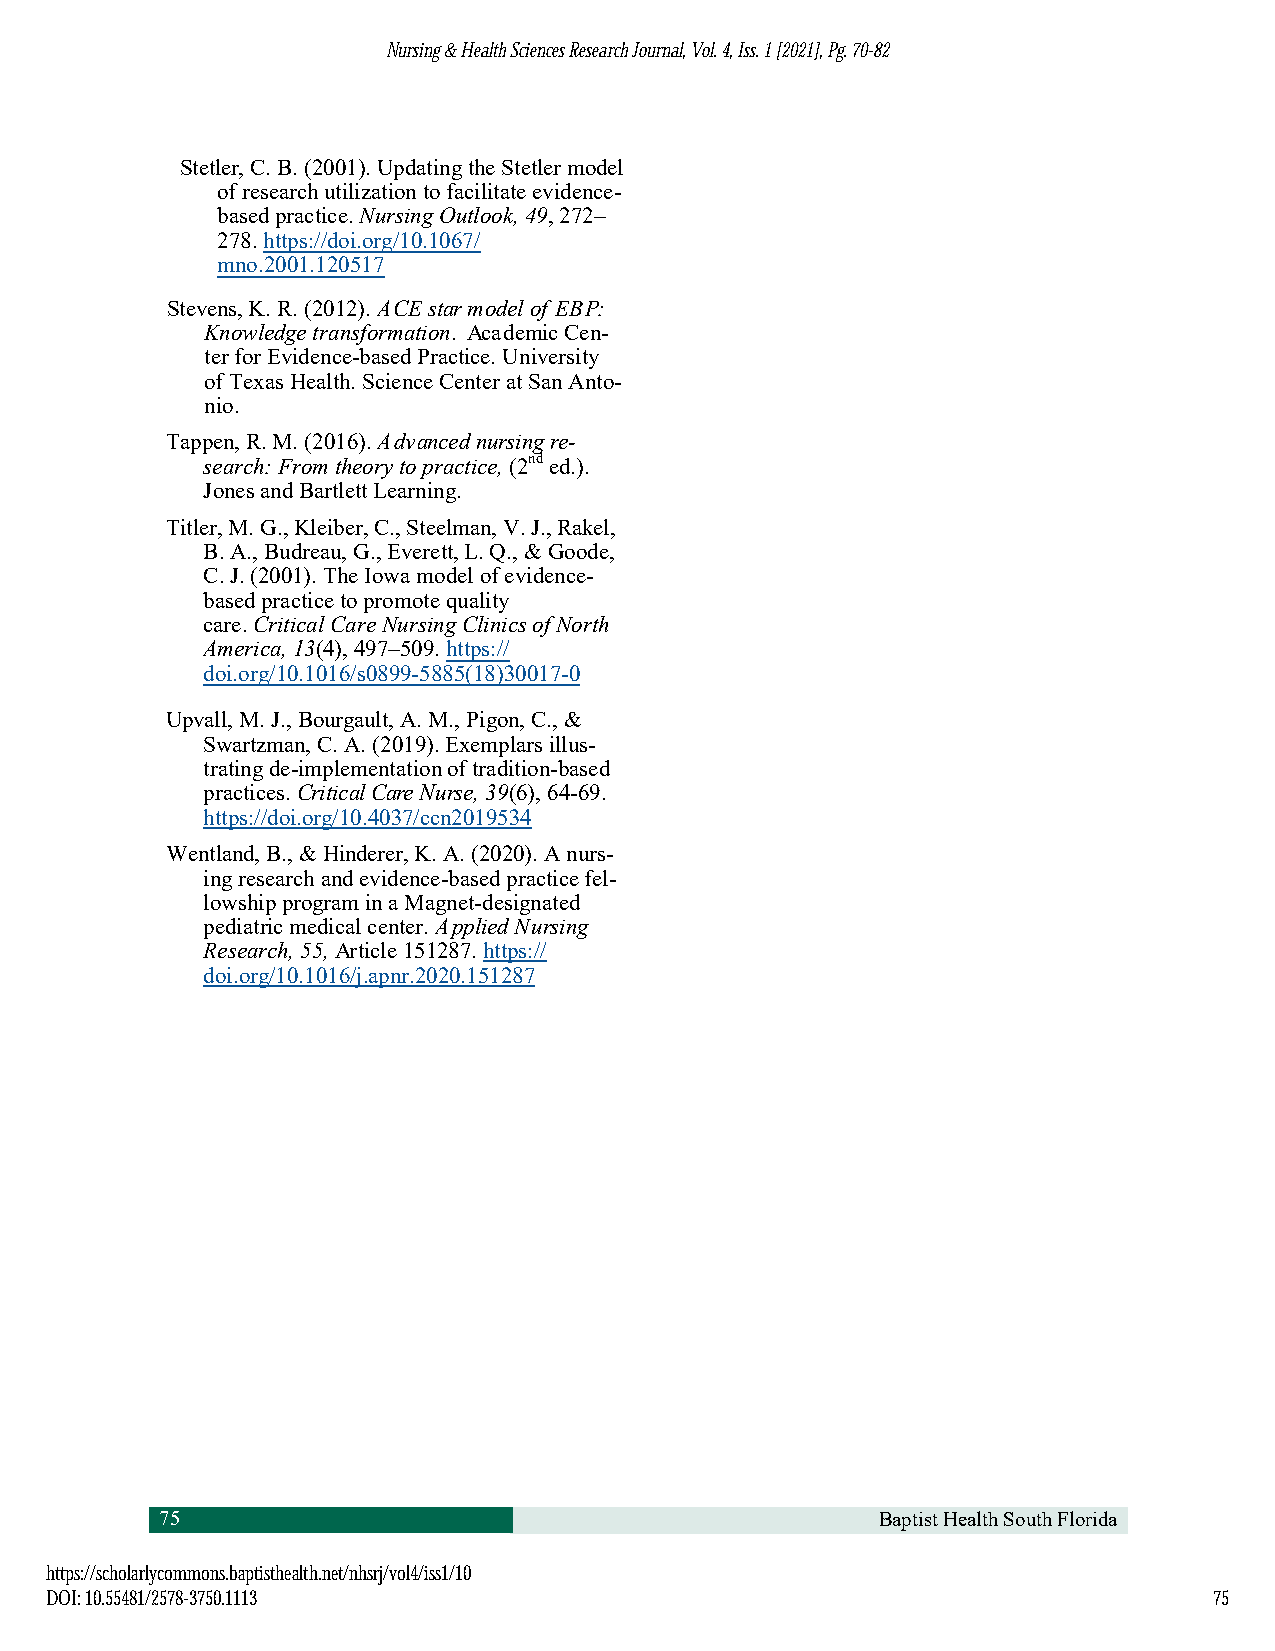
NNuurrssiinngg && HHeeaalltthh SScciieenncceess RReesseeaarrcchh JJoouurrnnaall,, VVooll.. 44,, IIssss.. 11 [[22002211]],, PPgg.. 7700--8822
 Stetler, C. B. (2001). Updating the Stetler model
 of research utilization to facilitate evidence-
 based practice. Nursing Outlook, 49, 272–
 278. https://doi.org/10.1067/
 mno.2001.120517
 Stevens, K. R. (2012). ACE star model of EBP:
 Knowledge transformation. Academic Cen-
 ter for Evidence-based Practice. University
 of Texas Health. Science Center at San Anto-
 nio.
 Tappen, R. M. (2016). Advanced nursing re-
 search: From theory to practice, (2nd ed.).
 Jones and Bartlett Learning.
 Titler, M. G., Kleiber, C., Steelman, V. J., Rakel,
 B.A., Budreau, G., Everett, L. Q., & Goode,
 C.J. (2001). The Iowa model of evidence-
 based practice to promote quality
 care. Critical Care Nursing Clinics of North
 America, 13(4), 497–509. https://
 doi.org/10.1016/s0899-5885(18)30017-0
 Upvall, M. J., Bourgault, A. M., Pigon, C., &
 Swartzman, C. A. (2019). Exemplars illus-
 trating de-implementation of tradition-based
 practices. Critical Care Nurse, 39(6), 64-69.
 https://doi.org/10.4037/ccn2019534
 Wentland, B., & Hinderer, K. A. (2020). A nurs-
 ing research and evidence-based practice fel-
 lowship program in a Magnet-designated
 pediatric medical center. Applied Nursing
 Research, 55, Article 151287. https://
 doi.org/10.1016/j.apnr.2020.151287
 75                                             Baptist Health South Florida
 hhttttppss::////sscchhoollaarrllyyccoommmmoonnss..bbaappttiisstthheeaalltthh..nneett//nnhhssrrjj//vvooll44//iissss11//1100
 DDOOII:: 1100..5555448811//22557788--33775500..11111133                      7755